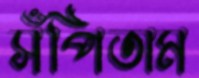
সঁপিতাম